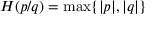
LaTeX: H ( p / q ) = \operatorname* { m a x } \{ | p | , | q | \}